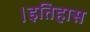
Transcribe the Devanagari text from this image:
।इतिहास